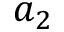
a _ { 2 }